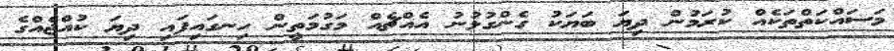
މަސައްކަތްތަކެއް ކުރަމުން ދިޔަ ބަޔަކު ގެންގުޅުނު އެއްޗެއް މަގުމަތީން ހިނގައިފައި ދިޔަ ކުއްޖެއްގެ